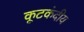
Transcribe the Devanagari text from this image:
कूटकंदीय